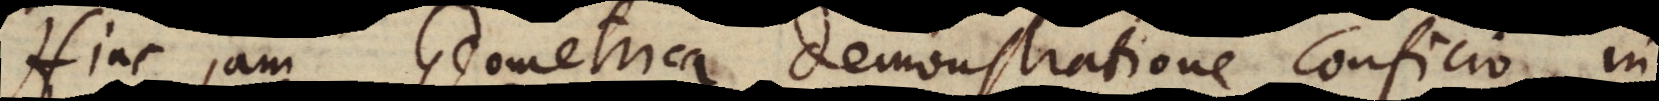
Hinc jam Geometrica demonstratione conficio in